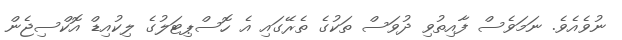
ނުވެއެވެ. ނަމަވެސް ފާއިތުވި ދުވަސް ތަކުގެ ތެރޭގައި އެ ހޮސްޕިޓަލުގެ ލިކުއިޑް އޮކްސިޖެން